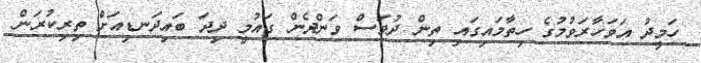
ހަމީދު އަވަހާރަވުމުގެ ހިތާމައިގައި ތިން ދުވަސް ވަންދެން ގައުމީ ދިދަ ބައިދަނޑިއަށް ތިރިކުރަން